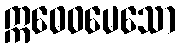
ဣဓေဝမေသော